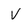
Character: V